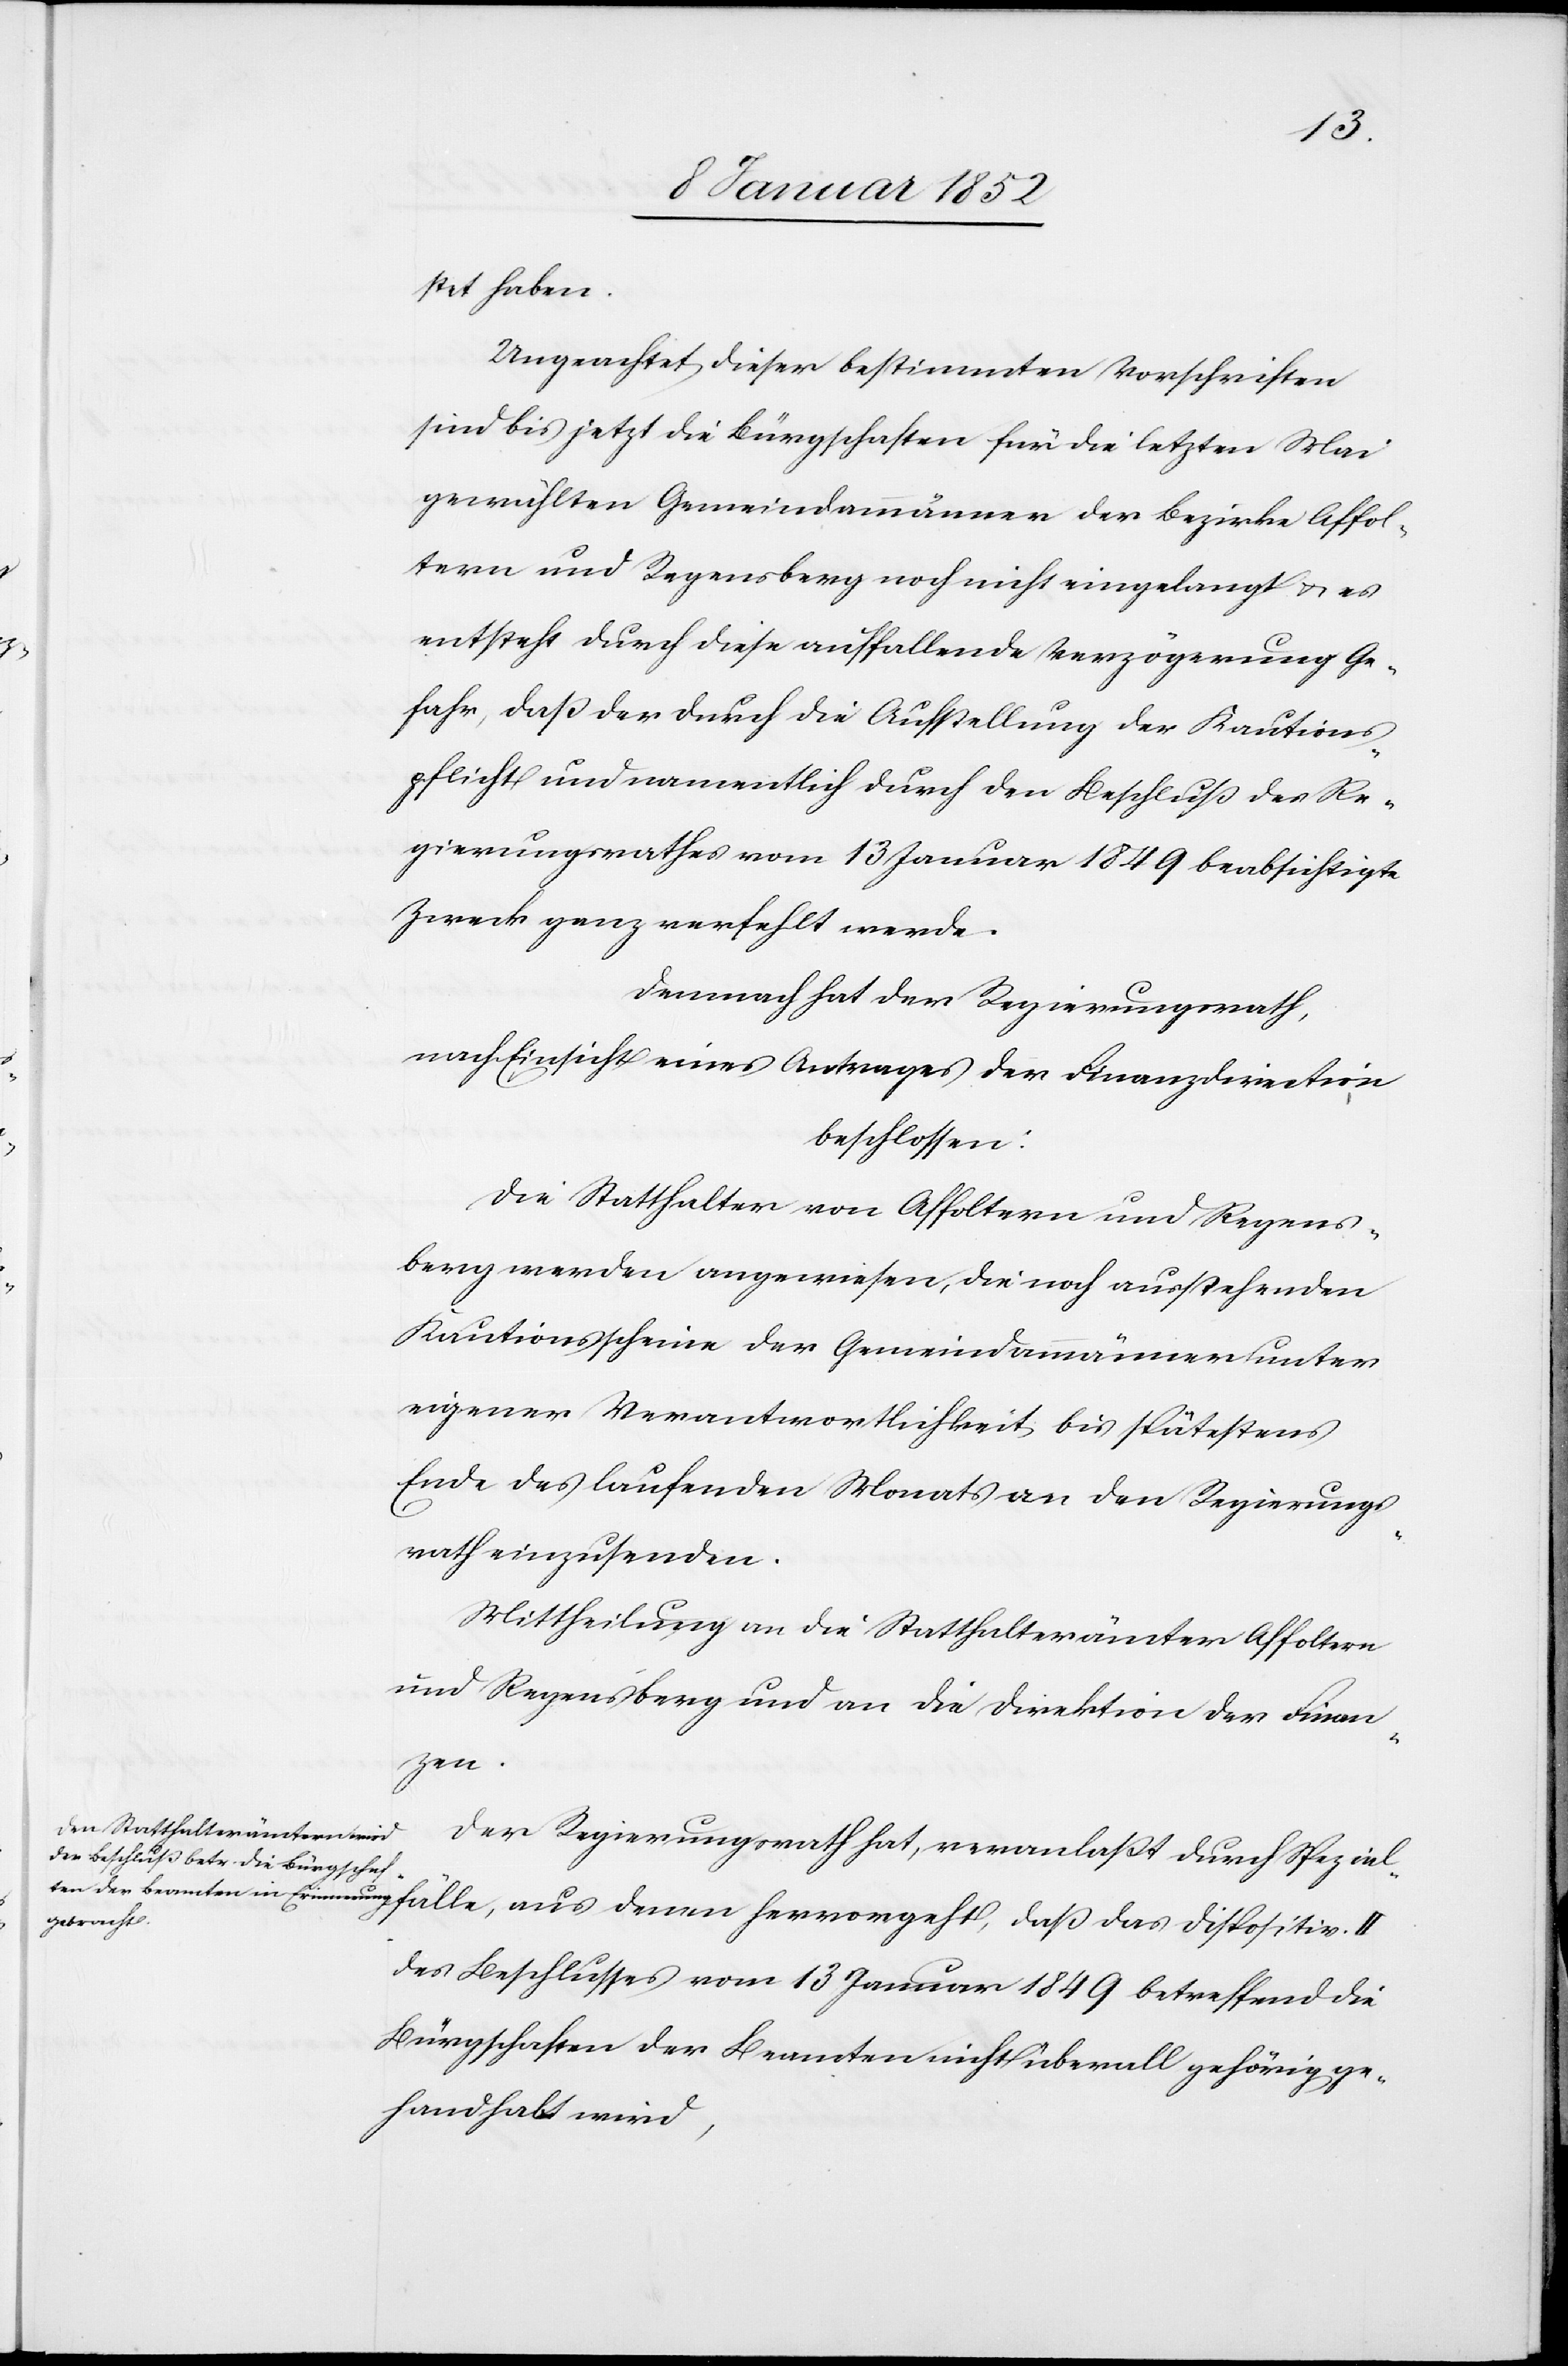
fälle,
stet haben.
Ungeachtet dieser bestimmten Vorschriften
sind bis jetzt die Bürgschaften für die letzten Mai
gewählten Gemeindammänner der Bezirke Affol¬
tern und Regensberg noch nicht eingelangt u. es
entspreche durch diese auffallende Verzögerung Ge¬
fahr, daß der durch die Aufstellung der Kautions¬
pflicht und namentlich durch den Beschluß des Re¬
gierungsrathes vom 13 Januar 1849 beabsichtigte
Zweck ganz verfehlt werde.
Demnach hat der Regierungsrath,
nach Einsicht eines Antrages der Finanzdirection
beschlossen:
Die Statthalter von Affoltern und Regens¬
berg werden angewiesen die noch ausstehenden
Kautionsscheine der Gemeindammänner unter
eigener Verantwortlichkeit bis spätestens
Ende des laufenden Monats an den Regierungs¬
rath einzusenden.
Mittheilung an die Statthalterämter Affoltern
und Regensberg und an die Direktion der Finan¬
denen
Der Regierungsrath hat, veranlaßt durch Spezial¬
des Beschlusses vom 13 Januar 1849 betreffend die
Bürgschaften der Beamten nicht überall gehörig ge¬
handhabt wird,